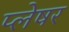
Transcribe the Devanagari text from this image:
प्लेषर